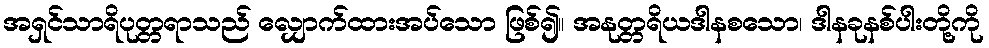
အရှင်သာရိပုတ္တရာသည် လျှောက်ထားအပ်သော ဖြစ်၍။ အနုတ္တရိယဒါနစသော၊ ဒါနခုနစ်ပါးတို့ကို